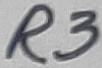
Text: R3